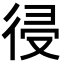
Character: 𢔀